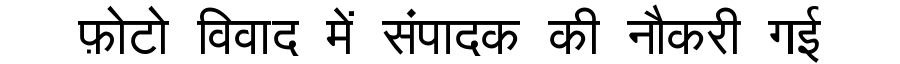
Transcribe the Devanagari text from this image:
फ़ोटो विवाद में संपादक की नौकरी गई